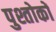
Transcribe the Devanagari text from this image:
पुश्तोकों